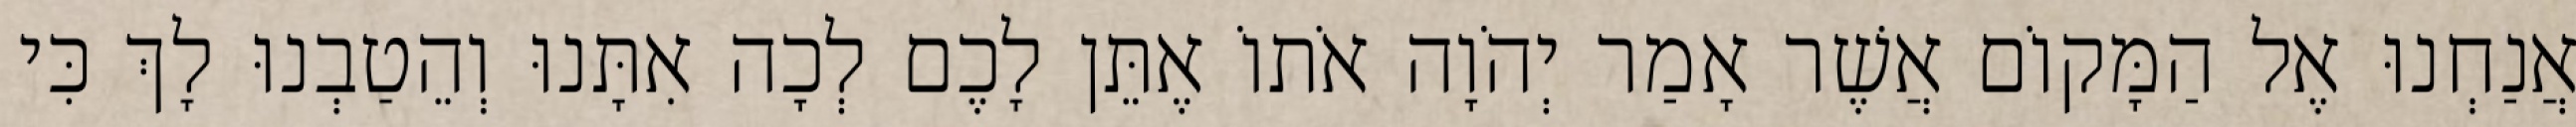
אֲנַחְנוּ אֶל הַמָּקוֹם אֲשֶׁר אָמַר יְהֹוָה אֹתוֹ אֶתֵּן לָכֶם לְכָה אִתָּנוּ וְהֵטַבְנוּ לָךְ כִּי